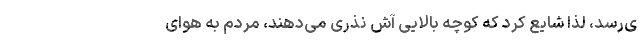
ی‌رسد، لذا شایع کرد که کوچه بالایی آش نذری می‌دهند، مردم به هوای‌